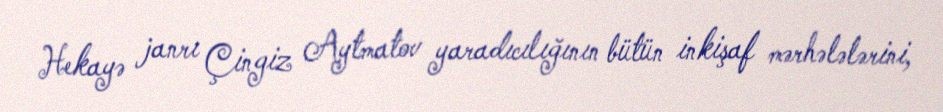
Hekayə janrı Çingiz Aytmatov yaradıcılığının bütün inkişaf mərhələlərini,